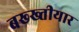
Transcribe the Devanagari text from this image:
बख्ख्तीयार